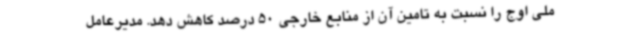
ملی اوج را نسبت به تامین آن از منابع خارجی 50 درصد کاهش دهد. مدیرعامل